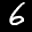
Label: 6